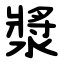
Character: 漿